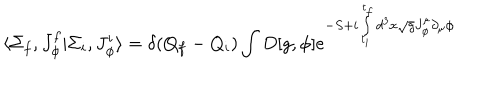
LaTeX: \langle \Sigma _ { f } , J _ { \phi } ^ { f } \vert \Sigma _ { i } , J _ { \phi } ^ { i } \rangle = \delta ( Q _ { f } - Q _ { i } ) \int D [ g , \phi ] { e ^ { - S + i \int _ { t _ { i } } ^ { t _ { f } } d ^ { 3 } x \sqrt { g } J _ { \phi } ^ { \mu } \partial _ { \mu } \phi } }